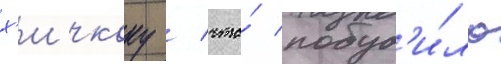
х'ичкоку / что́ побуд'и́ло